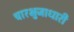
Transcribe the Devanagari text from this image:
चारभुजाधारी